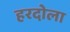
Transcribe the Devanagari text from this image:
हरदोला